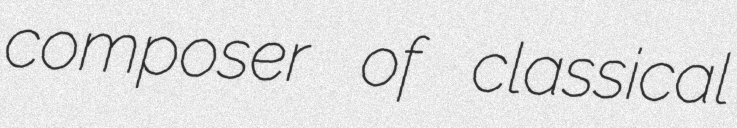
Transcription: composer of classical